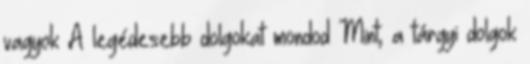
vagyok A legédesebb dolgokat mondod Mint; a tárgyi dolgok